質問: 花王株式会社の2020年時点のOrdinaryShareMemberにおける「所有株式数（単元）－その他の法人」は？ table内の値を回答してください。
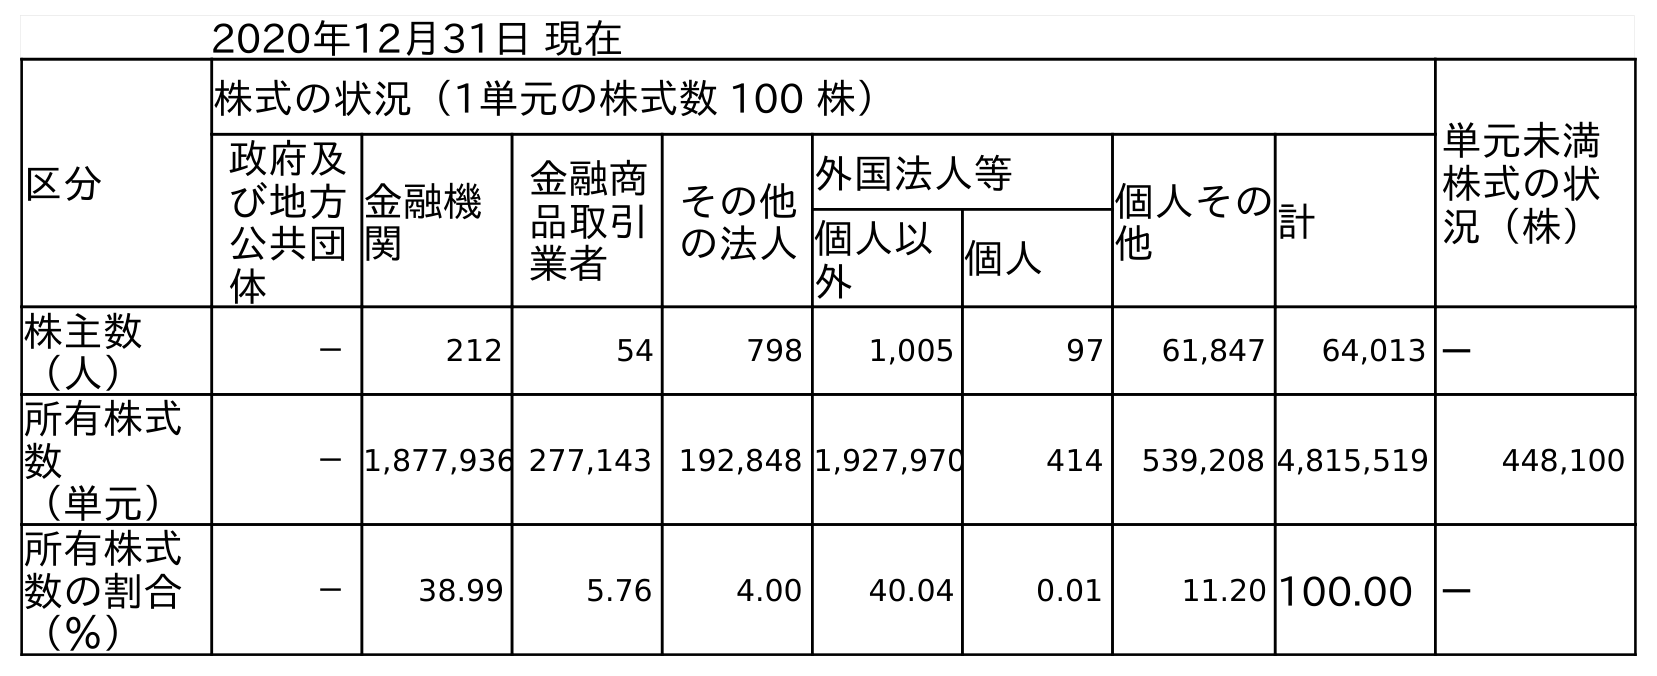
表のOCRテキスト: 2020年12月31日 現在 区分 株式の状況（1単元の株式数 100 株） 単元未満 株式の状 況（株） 政府及 び地方 公共団 体 金融機 関 金融商 品取引 業者 その他 の法人 外国法人等 個人その 他 計 個人以 外 個人 株主数 （人） － 212 54 798 1,005 97 61,847 64,013 － 所有株式 数 （単元） －1,877,936 277,143 192,848 1,927,970 414 539,208 4,815,519 448,100 所有株式 数の割合 （％） － 38.99 5.76 4.00 40.04 0.01 11.20 100.00 －
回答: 192,848